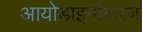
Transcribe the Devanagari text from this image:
आयोडाइनीकरण